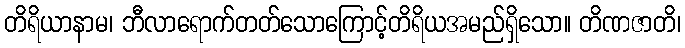
တိရိယာနာမ၊ ဘီလာရောက်တတ်သောကြောင့်တိရိယအမည်ရှိသော။ တိဏဇာတိ၊